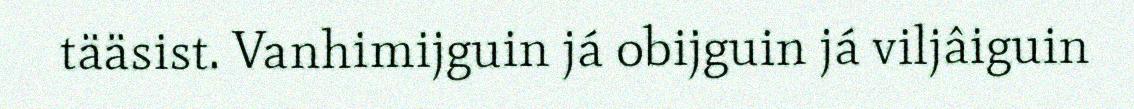
tääsist. Vanhimijguin já obijguin já viljâiguin